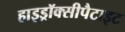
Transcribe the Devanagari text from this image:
हाइड्रॉक्सीपैटाइट